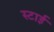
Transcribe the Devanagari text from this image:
स्टाई